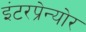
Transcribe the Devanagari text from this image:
इंटरप्रेन्योर